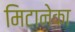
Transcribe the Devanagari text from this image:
मिटानेका